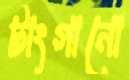
টাংগানো